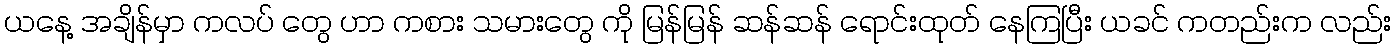
ယနေ့ အချိန်မှာ ကလပ် တွေ ဟာ ကစား သမားတွေ ကို မြန်မြန် ဆန်ဆန် ရောင်းထုတ် နေကြပြီး ယခင် ကတည်းက လည်း